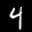
Label: 4